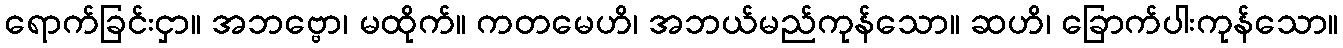
ရောက်ခြင်းငှာ။ အဘဗ္ဗော၊ မထိုက်။ ကတမေဟိ၊ အဘယ်မည်ကုန်သော။ ဆဟိ၊ ခြောက်ပါးကုန်သော။